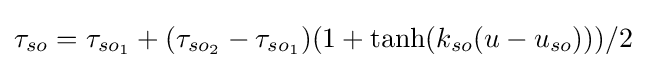
\tau _{so}=\tau _{{so}_{1}}+(\tau _{{so}_{2}}-\tau _{{so}_{1}})(1+\tanh(k_{so}(u-u_{so})))/2